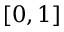
[ 0 , 1 ]